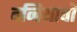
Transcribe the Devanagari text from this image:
दनियावॉ